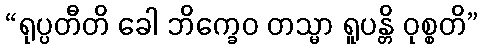
“ရုပ္ပတီတိ ခေါ ဘိက္ခေဝ တသ္မာ ရူပန္တိ ဝုစ္စတိ”